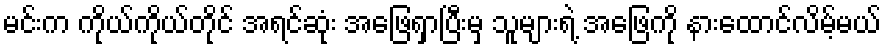
မင်းက ကိုယ်ကိုယ်တိုင် အရင်ဆုံး အဖြေရှာပြီးမှ သူများရဲ့ အဖြေကို နားထောင်လိမ့်မယ်